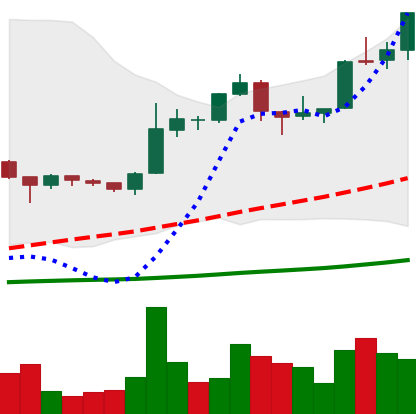
Ticker: BTC-USD
Chart end date: 2015-12-08
Forward return: 4.378%
Label: up_3_5